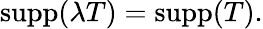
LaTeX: \operatorname{supp}(\lambda T)=\operatorname{supp}(T).